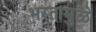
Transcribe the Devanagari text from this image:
भरतामुळे